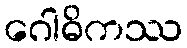
ဂေါဓိကဿ